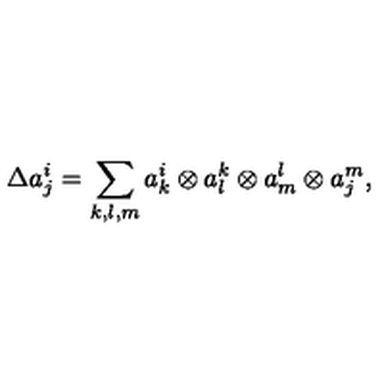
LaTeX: \Delta a _ { j } ^ { i } = \sum _ { k , l , m } a _ { k } ^ { i } \otimes a _ { l } ^ { k } \otimes a _ { m } ^ { l } \otimes a _ { j } ^ { m } ,